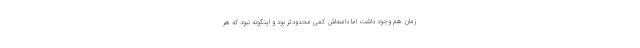
زمان هم وجود داشت اما دامنه‌اش کمی محدودتر بود و اینگونه نبود که هر